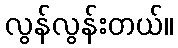
လွန်လွန်းတယ်။